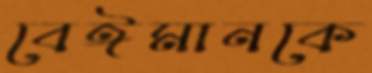
বেঈমানকে